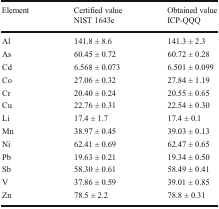
<table><thead><tr><td rowspan="2"><b>Element</b></td><td><b>Certified value</b></td><td><b>Obtained value</b></td></tr><tr><td><b>NIST 1643e</b></td><td><b>ICP-QQQ</b></td></tr></thead><tbody><tr><td>Al</td><td>141.8 ± 8.6</td><td>141.3 ± 2.3</td></tr><tr><td>As</td><td>60.45 ± 0.72</td><td>60.72 ± 0.28</td></tr><tr><td>Cd</td><td>6.568 ± 0.073</td><td>6.501 ± 0.099</td></tr><tr><td>Co</td><td>27.06 ± 0.32</td><td>27.84 ± 1.19</td></tr><tr><td>Cr</td><td>20.40 ± 0.24</td><td>20.55 ± 0.65</td></tr><tr><td>Cu</td><td>22.76 ± 0.31</td><td>22.54 ± 0.30</td></tr><tr><td>Li</td><td>17.4 ± 1.7</td><td>17.4 ± 0.1</td></tr><tr><td>Mn</td><td>38.97 ± 0.45</td><td>39.03 ± 0.13</td></tr><tr><td>Ni</td><td>62.41 ± 0.69</td><td>62.47 ± 0.65</td></tr><tr><td>Pb</td><td>19.63 ± 0.21</td><td>19.34 ± 0.50</td></tr><tr><td>Sb</td><td>58.30 ± 0.61</td><td>58.49 ± 0.41</td></tr><tr><td>V</td><td>37.86 ± 0.59</td><td>39.01 ± 0.85</td></tr><tr><td>Zn</td><td>78.5 ± 2.2</td><td>78.8 ± 0.31</td></tr></tbody></table>